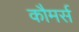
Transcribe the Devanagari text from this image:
कौमर्स